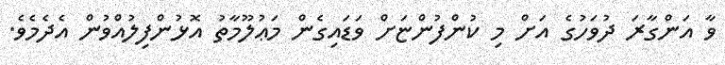
ވާ އަންގާރަ ދުވަހުގެ އަށް މި ކުންފުންޏަށް ވަޑައިގެން މަޢުލޫމާތު އޮޅުންފިލުއްވުން އެދެމެވެ.